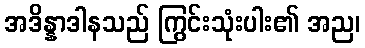
အဒိန္နာဒါနသည် ကြွင်းသုံးပါး၏ အည၊